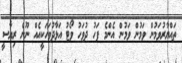
ތައްޔާރުވަމުން ވަމުން ވަމުން އެންމެ ފަހު ދުވަހު ވޯޓު އަޅާދުވަހަކީއެއް ނޫން ރިޔާސީ